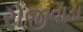
રોજીવાડા